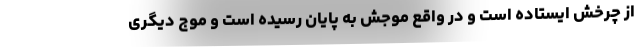
از چرخش ایستاده است و در واقع موجش به پایان رسیده است و موج دیگری